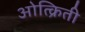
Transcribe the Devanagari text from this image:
ओत्क्रिती